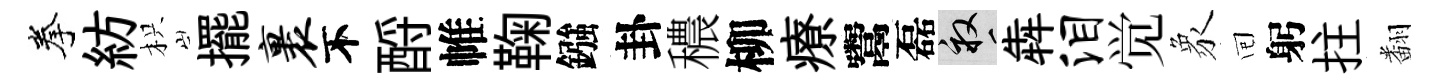
拳紡枳擺裹不酹帷鞠鏹卦穠柳療鬻磊畝犇泪觉象囘躬拄翻